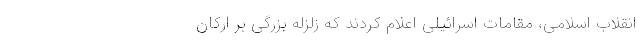
انقلاب اسلامی، مقامات اسرائیلی اعلام کردند که زلزله بزرگی بر ارکان